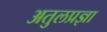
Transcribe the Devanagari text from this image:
अतुलप्रज्ञा